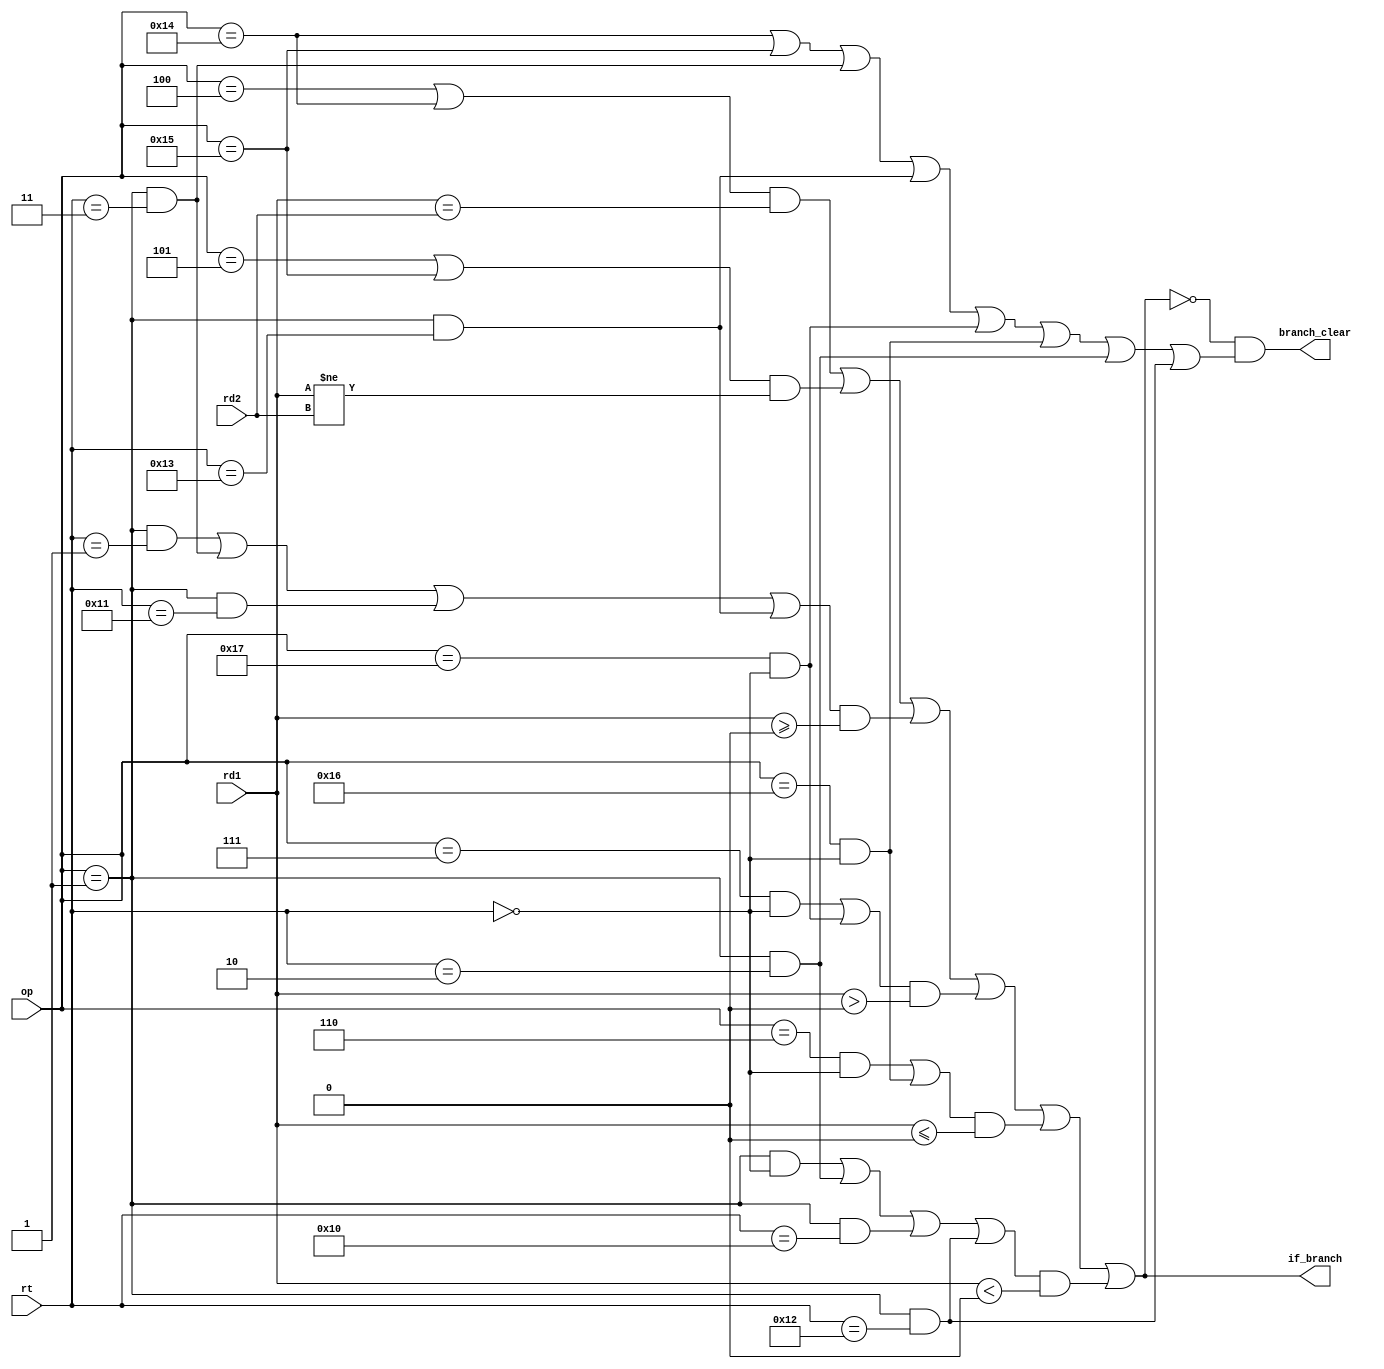
`timescale 1ns / 1ps

module BC(
    input [5:0] op,
    input [4:0] rt,
    input [31:0] rd1,
    input [31:0] rd2,
    output if_branch,
    output branch_clear
    );

wire _beq = op==6'b000100;
wire _beql = op==6'b010100;
wire _bne = op==6'b000101;
wire _bnel = op==6'b010101;
wire _bgez = (op==6'b000001) & (rt==5'b00001);
wire _bgezl = (op==6'b000001) & (rt==5'b00011);
wire _bgezal = (op==6'b000001) & (rt==5'b10001);
wire _bgezall = (op==6'b000001) & (rt==5'b10011);
wire _bgtz = (op==6'b000111) & (rt==5'b00000);
wire _bgtzl = (op==6'b010111) & (rt==5'b00000);
wire _blez = (op==6'b000110) & (rt==5'b00000);
wire _blezl = (op==6'b010110) & (rt==5'b00000);
wire _bltz = (op==6'b000001) & (rt==5'b00000);
wire _bltzl = (op==6'b000001) & (rt==5'b00010);
wire _bltzal = (op==6'b000001) & (rt==5'b10000);
wire _bltzall = (op==6'b000001) & (rt==5'b10010);

assign if_branch = ((_beq | _beql) & rd1==rd2) |
                  ((_bne | _bnel) & rd1!=rd2) |
                  ((_bgez | _bgezl | _bgezal | _bgezall) & ($signed(rd1)>=$signed(0))) |
                  ((_bgtz | _bgtzl) & ($signed(rd1)>$signed(0))) |
                  ((_blez | _blezl) & ($signed(rd1)<=$signed(0))) |
                  ((_bltz | _bltzl | _bltzal | _bltzall) & ($signed(rd1)<$signed(0)));

assign branch_clear = (!if_branch) &
                      (_beql | _bnel | _bgezl | _bgezall | _bgtzl | _blezl | _bltzl | _bltzall);

endmodule